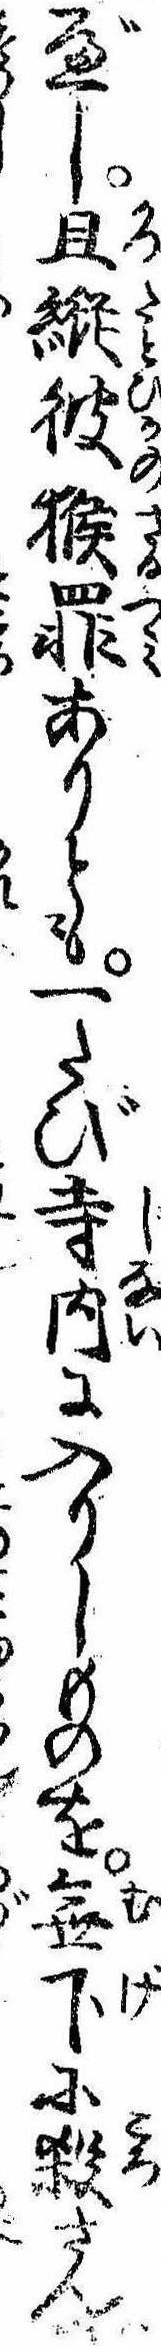
べし且縦彼猴罪ありとも一たび寺内に入りしものを無下に殺さんは